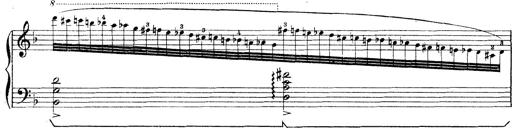
Title: Rapsodie: 19 ungheresi, 1 spagnuola
Composer: Franz Liszt